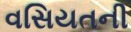
વસિયતની